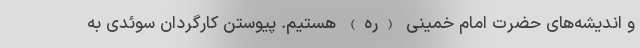
و اندیشه‌های حضرت امام خمینی (ره) هستیم. پیوستن کارگردان سوئدی به